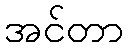
အင်တာ